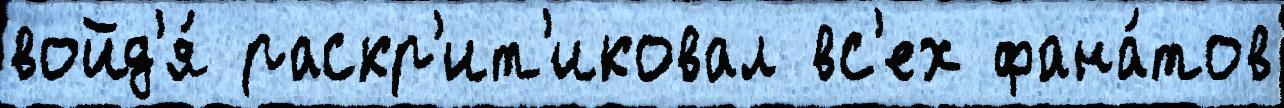
войд'я́ раскр'ит'иковал вс'ех фана́тов